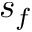
s _ { f }